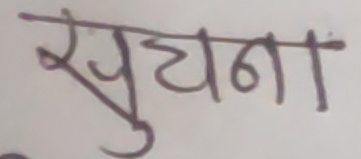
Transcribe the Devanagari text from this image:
सुघाना